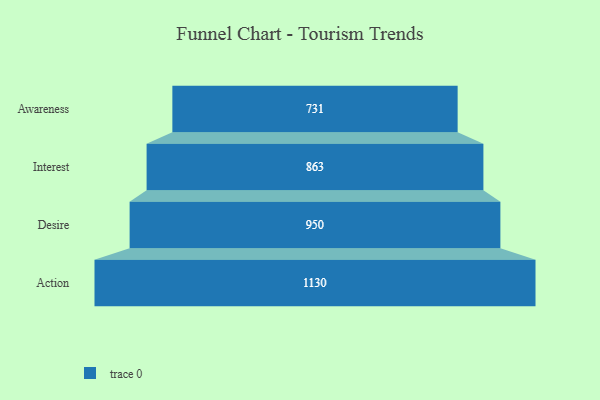
{"axis": {"x": "Stage", "y": "Value"}, "legend": [""], "data": [{"x": "Awareness", "y": 731.0, "type": ""}, {"x": "Interest", "y": 863.0, "type": ""}, {"x": "Desire", "y": 950.0, "type": ""}, {"x": "Action", "y": 1130.0, "type": ""}]}